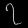
Digit: ၇